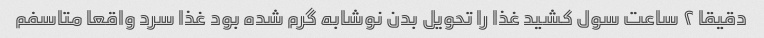
دقیقا ۲ ساعت سول کشید غذا را تحویل بدن نوشابه گرم شده بود غذا سرد واقعا متاسفم